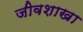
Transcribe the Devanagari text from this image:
जीवशाखा